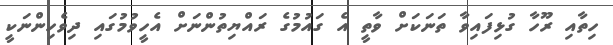
ހިތާއި ރޫހާ ގުޅިފައިވާ ތަނަކަށް ވާތީ އެ ގައުމުގެ ރައްޔިތުންނަށް އެހީވުމުގައި ދިވެހިންނަކީ